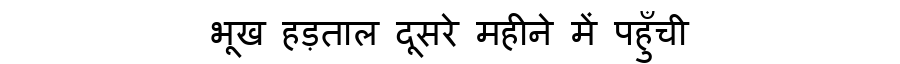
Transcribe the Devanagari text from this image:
भूख हड़ताल दूसरे महीने में पहुँची